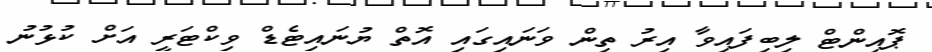
ޕޮއިންޓް ލިބިފައިވާ އިރު ތިން ވަނައިގައި އޮތް ޔުނައިޓެޑް ވިކްޓަރީ އަށް ކުޅުނު